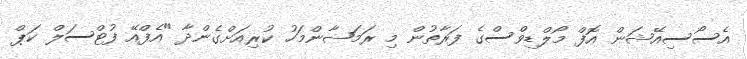
އެސޯސިއޭޝަން އޮފް މޯލްޑިވްސްގެ ފަރާތުން މި ރަމަޟާންމަހު ކުރިއަށްގެންދާ "އެފްއޭ ފުޓްސަލް ކަޕް